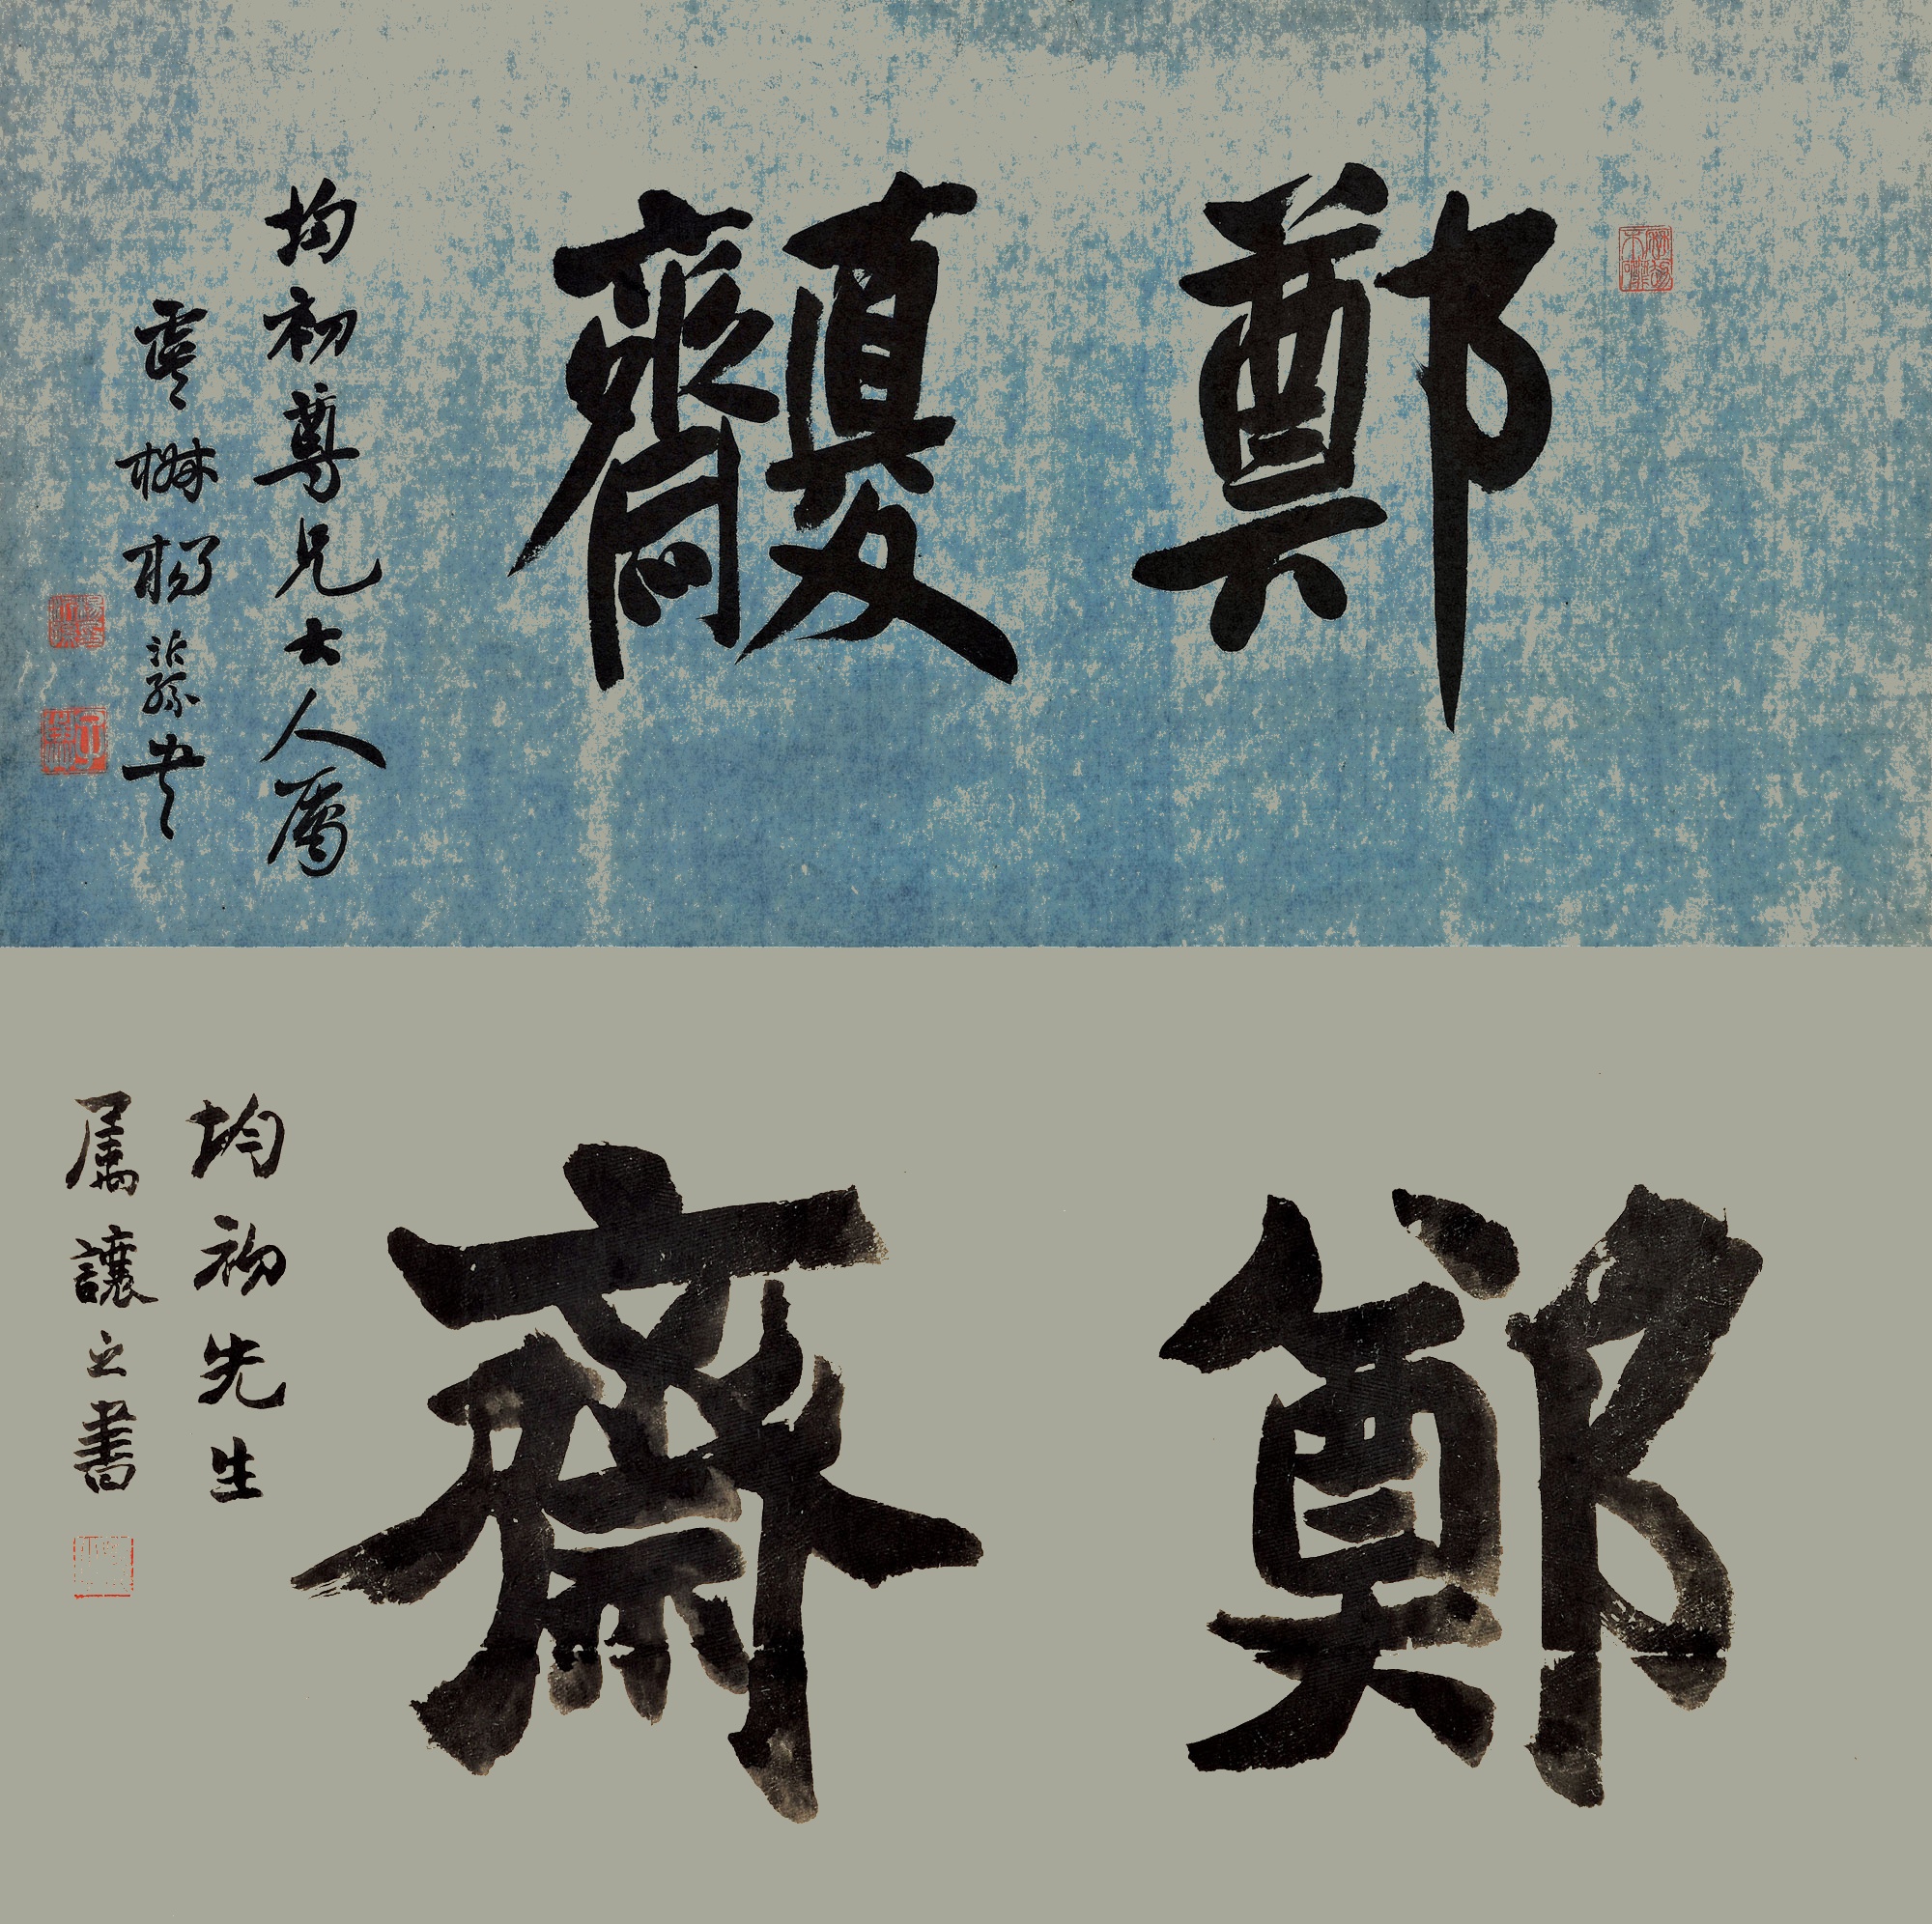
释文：郑斋。均初尊兄大人属，虞椒杨沂孙书。郑斋。均初先生属，让之书。